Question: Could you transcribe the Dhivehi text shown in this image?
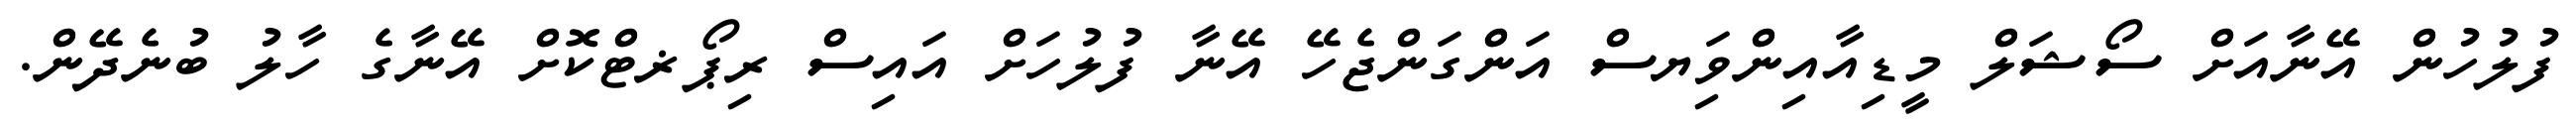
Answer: ފުލުހުން އޭނާއަށް ސޯޝަލް މީޑިއާއިންވިަޔސް އަންގަންޖެހޭ އޭނާ ފުލުހަށް އައިސް ރިޕޯޜޓްކޮށް އޭނާގެ ހާލު ބުނެދޭން.